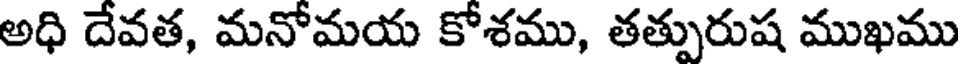
అధి దేవత, మనోమయ కోశము, తత్పురుష ముఖము